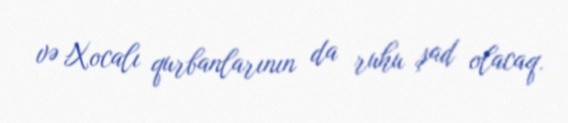
və Xocalı qurbanlarının da ruhu şad olacaq.